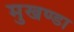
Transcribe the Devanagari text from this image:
मुखण्डा